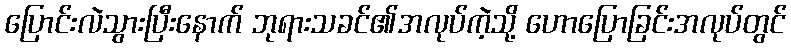
ပြောင်းလဲသွားပြီးနောက် ဘုရားသခင်၏အလုပ်ကဲ့သို့ ဟောပြောခြင်းအလုပ်တွင်